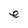
Character: e